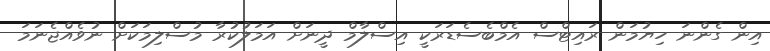
އިން ގެންނަ ހިޔުމަން ރައިޓްސް އެމްބެސެޑަރަކީ އިސްލާމް ދީނަށް އަމަލުކުރާ މުސްލިމަކަށް ނުވެއްޖެނަމަ